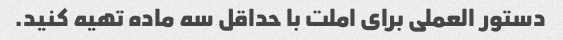
دستور العملی برای املت با حداقل سه ماده تهیه کنید.